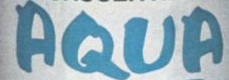
AQUA